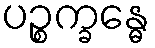
ပဉ္စက္ခန္ဓေ